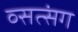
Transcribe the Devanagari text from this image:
व्सत्संग